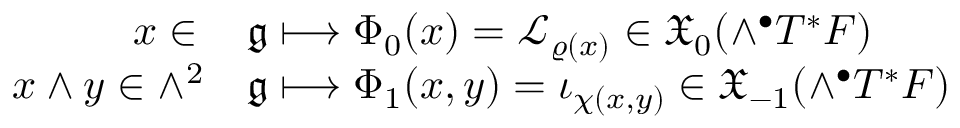
\begin{array} { r l } { x \in \, } & { \mathfrak { g } \longmapsto \Phi _ { 0 } ( x ) = { \mathcal { L } } _ { \varrho ( x ) } \in \mathfrak { X } _ { 0 } ( \wedge ^ { \bullet } T ^ { * } F ) } \\ { x \wedge y \in \wedge ^ { 2 } } & { \mathfrak g \longmapsto \Phi _ { 1 } ( x , y ) = \iota _ { \chi ( x , y ) } \in \mathfrak { X } _ { - 1 } ( \wedge ^ { \bullet } T ^ { * } F ) } \end{array}